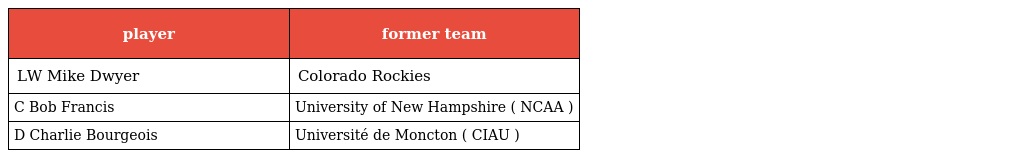
| player | former team |
 | --- | --- |
 | LW Mike Dwyer | Colorado Rockies |
 | C Bob Francis | University of New Hampshire ( NCAA ) |
 | D Charlie Bourgeois | Université de Moncton ( CIAU ) |